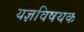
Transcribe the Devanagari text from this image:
यज्ञविषयक